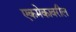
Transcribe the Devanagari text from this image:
एकमेकावरील